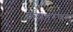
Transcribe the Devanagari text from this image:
क्लेशहरणम्